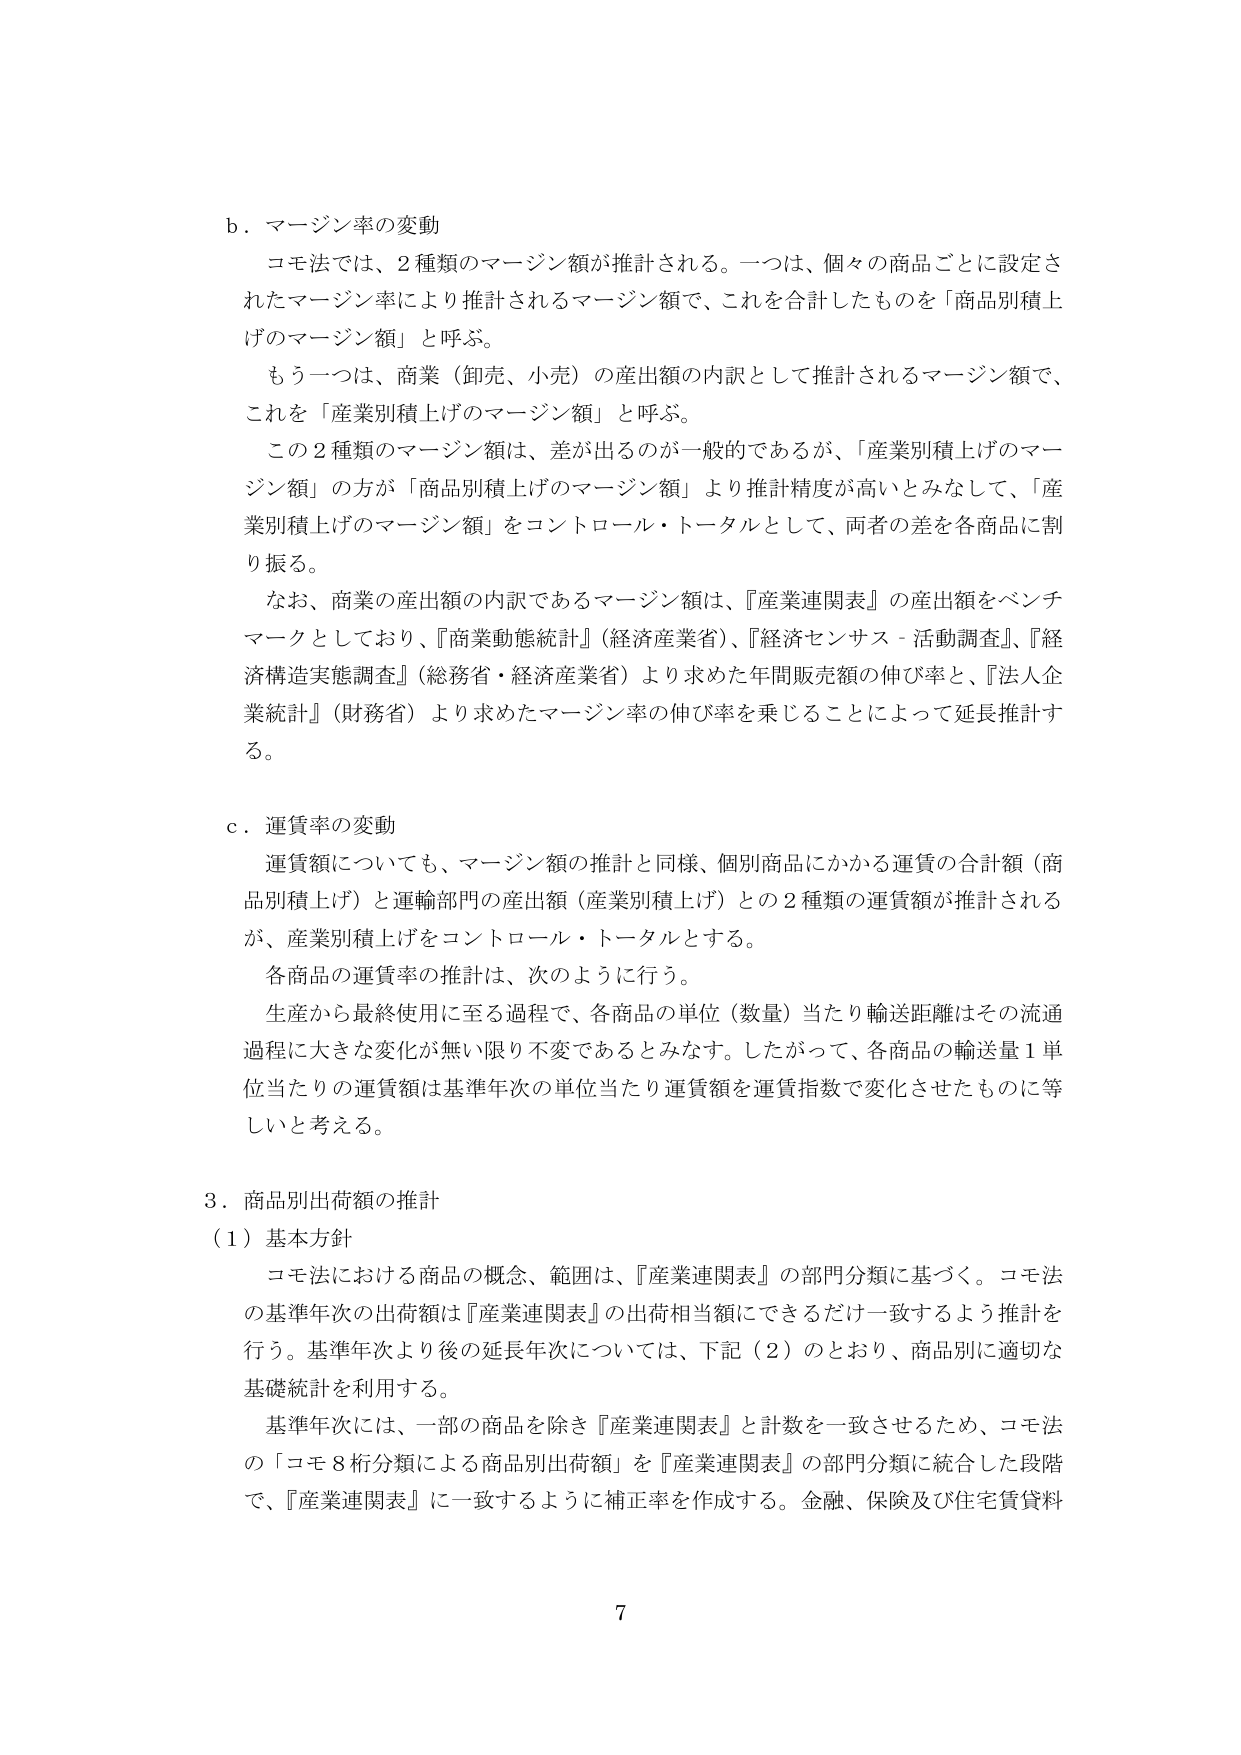
b．マージン率の変動
コモ法では、2種類のマージン額が推計される。一つは、個々の商品ごとに設定されたマージン率により推計されるマージン額で、これを合計したものを「商品別積上げのマージン額」と呼ぶ。
もう一つは、商業（卸売、小売）の産出額の内訳として推計されるマージン額で、これを「産業別積上げのマージン額」と呼ぶ。
この2種類のマージン額は、差が出るのが一般的であるが、「産業別積上げのマージン額」の方が「商品別積上げのマージン額」より推計精度が高いとみなして、「産業別積上げのマージン額」をコントロール・トータルとして、両者の差を各商品に割り振る。
なお、商業の産出額の内訳であるマージン額は、『産業連関表』の産出額をベンチマークとしており、『商業動態統計』（経済産業省）、『経済センサス－活動調査』、『経済構造実態調査』（総務省・経済産業省）より求めた年間販売額の伸び率と、『法人企業統計』（財務省）より求めたマージン率の伸び率を乗じることによって延長推計する。

c．運賃率の変動
運賃額についても、マージン額の推計と同様、個別商品にかかる運賃の合計額（商品別積上げ）と運輸部門の産出額（産業別積上げ）との2種類の運賃額が推計されるが、産業別積上げをコントロール・トータルとする。
各商品の運賃率の推計は、次のように行う。
生産から最終使用に至る過程で、各商品の単位（数量）当たり輸送距離はその流通過程に大きな変化が無い限り不変であるとみなす。したがって、各商品の輸送量1単位当たりの運賃額は基準年次の単位当たり運賃額を運賃指数で変化させたものに等しいと考える。

3．商品別出荷額の推計
（1）基本方針
コモ法における商品の概念、範囲は、『産業連関表』の部門分類に基づく。コモ法の基準年次の出荷額は『産業連関表』の出荷相当額にできるだけ一致するよう推計を行う。基準年次より後の延長年次については、下記（2）のとおり、商品別に適切な基礎統計を利用する。
基準年次には、一部の商品を除き『産業連関表』と計数を一致させるため、コモ法の「コモ8桁分類による商品別出荷額」を『産業連関表』の部門分類に統合した段階で、『産業連関表』に一致するように補正率を作成する。金融、保険及び住宅賃貸料

7